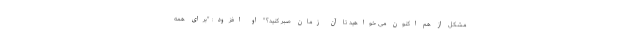
مشکل از هم اکنون می خواهید تا آن زمان صبر کنید؟" او افزود: "برای همه